Indian journal of veterinary science and animal husbandry - Volume 1,
Year: 1931
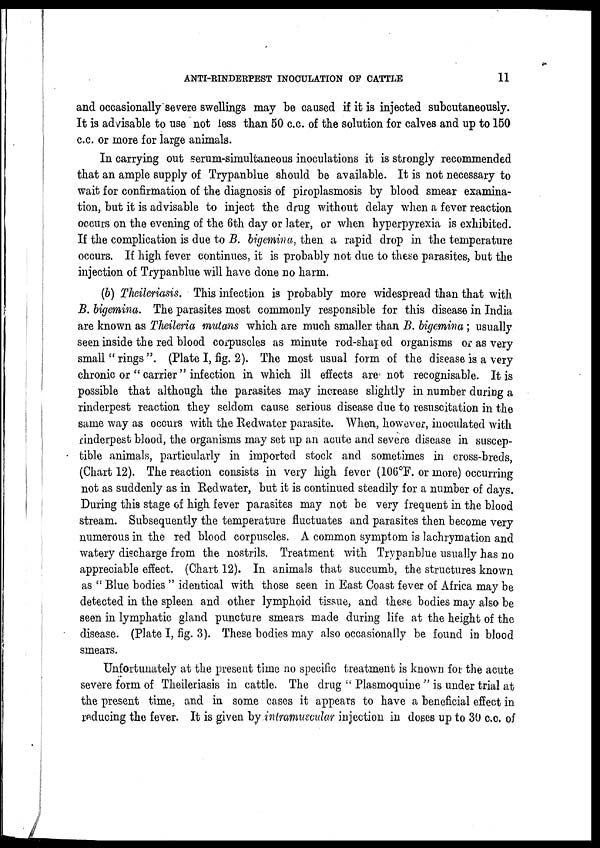
ANTI-RINDERPEST INOCULATION OF CATTLE
11
and occasionally severe swellings may be caused if it is injected subcutaneously.
It is advisable to use not less than 50 c.c. of the solution for calves and up to 150
c.c. or more for large animals.
In carrying out serum-simultaneous inoculations it is strongly recommended
that an ample supply of Trypanblue should be available. It is not necessary to
wait for confirmation of the diagnosis of piroplasmosis by blood smear examina-
tion, but it is advisable to inject the drug without delay when a fever reaction
occurs on the evening of the 6th day or later, or when hyperpyrexia is exhibited.
If the complication is due to B. bigemina, then a rapid drop in the temperature
occurs. If high fever continues, it is probably not due to these parasites, but the
injection of Trypanblue will have done no harm.
(b) Theileriasis. This infection is probably more widespread than that with
B. bigemina. The parasites most commonly responsible for this disease in India
are known as Theileria mutans which are much smaller than B. bigemina ; usually
seen inside the red blood corpuscles as minute rod-shaped organisms or as very
small " rings ". (Plate I, fig. 2). The most usual form of the disease is a very
chronic or " carrier" infection in which ill effects are not recognisable. It is
possible that although the parasites may increase slightly in number during a
rinderpest reaction they seldom cause serious disease due to resuscitation in the
same way as occurs with the Redwater parasite. When, however, inoculated with
rinderpest blood, the organisms may set up an acute and severe disease in suscep-
tible animals, particularly in imported stock and sometimes in cross-breds,
(Chart 12). The reaction consists in very high fever (106°F. or more) occurring
not as suddenly as in Redwater, but it is continued steadily for a number of days.
During this stage of high fever parasites may not be very frequent in the blood
stream. Subsequently the temperature fluctuates and parasites then become very
numerous in the red blood corpuscles. A common symptom is lachrymation and
watery discharge from the nostrils. Treatment with Trypanblue usually has no
appreciable effect. (Chart 12). In animals that succumb, the structures known
as " Blue bodies " identical with those seen in East Coast fever of Africa may be
detected in the spleen and other lymphoid tissue, and these bodies may also be
seen in lymphatic gland puncture smears made during life at the height of the
disease. (Plate I, fig. 3). These bodies may also occasionally be found in blood
smears.
Unfortunately at the present time no specific treatment is known for the acute
severe form of Theileriasis in cattle. The drug " Plasmoquine " is under trial at
the present time, and in some cases it appears to have a beneficial effect in
reducing the fever. It is given by intramuscular injection in doses up to 30 c.c. of